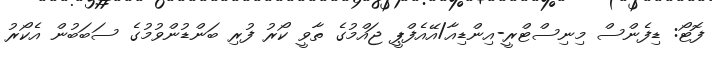
ފޮޓޯ: ޑިފެންސް މިނިސްޓްރީ-އިންޑިއާ/އޭއެފްޕީ ޖައްމުގެ ތާވީ ކޯރު ފުރި ބަންޑުންވުމުގެ ސަބަބުން އެކޯރު